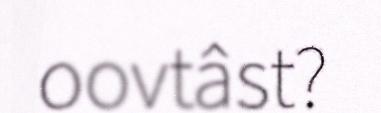
oovtâst?